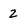
Character: 2